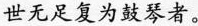
世无足复为鼓琴者。